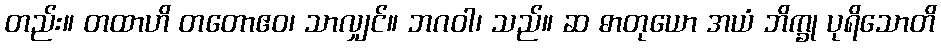
တည်း။ တထာဟိ တတောဧဝ၊ သာလျှင်။ ဘဂဝါ၊ သည်။ ဆ ဓာတုယော အယံ ဘိက္ခု ပုရိသောတိ